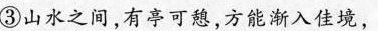
③山水之间，有亭可憩，方能渐入佳境，